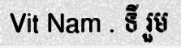
Vit Nam . ទី រួម